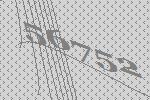
56752